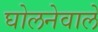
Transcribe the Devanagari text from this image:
घोलनेवाले